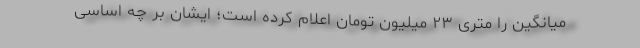
میانگین را متری ۲۳ میلیون تومان اعلام کرده است؛ ایشان بر چه اساسی